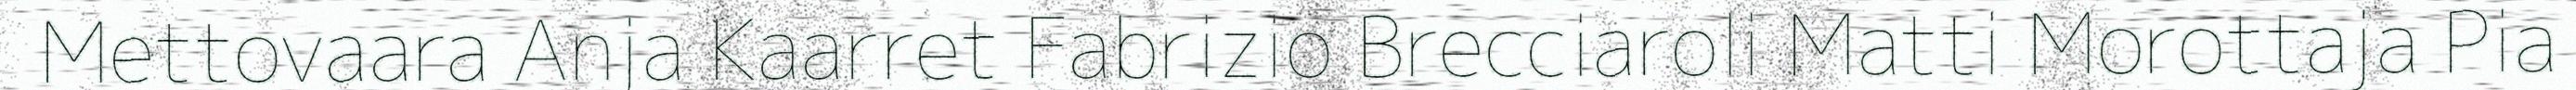
Mettovaara Anja Kaarret Fabrizio Brecciaroli Matti Morottaja Pia